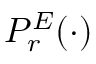
{ \cal P } _ { r } ^ { E } ( \cdot )